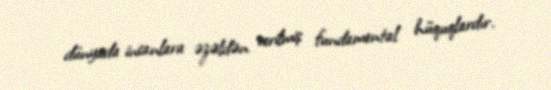
dünyada insanlara əzəldən verilmiş fundamental hüquqlardır.